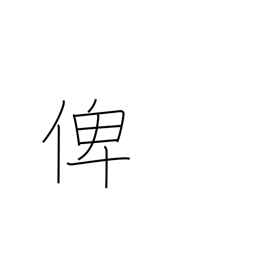
Meaning: tutor